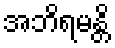
အဘိရမန္တိ